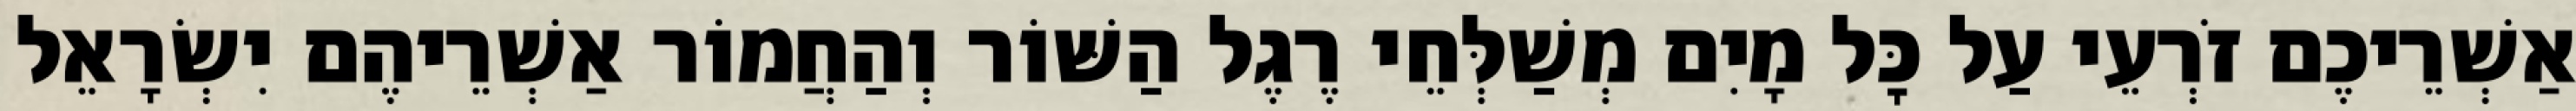
אַשְׁרֵיכֶם זֹרְעֵי עַל כׇּל מָיִם מְשַׁלְּחֵי רֶגֶל הַשּׁוֹר וְהַחֲמוֹר אַשְׁרֵיהֶם יִשְׂרָאֵל